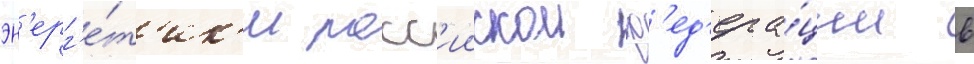
эн'ерг'е́т'ик'и росс'иискои ф'ед'ера́ции в